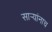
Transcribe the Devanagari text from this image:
सार्‍यांनाच